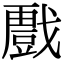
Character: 𭟾